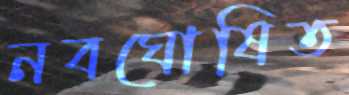
নবঘোষিত